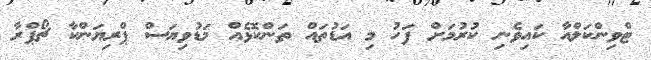
ޓްވިންކަލްއާ ކައިވެނި ކުރުމަށް ފަހު މި އަޑުތައް ތަންކޮޅެއް މަޑުވިޔަސް ޕްރިޔަންކާ ޗޯޕްރާ